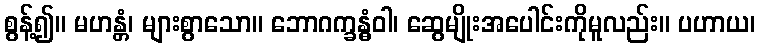
စွန့်၍။ မဟန္တံ၊ များစွာသော။ ဘောဂက္ခန္ဓံဝါ၊ ဆွေမျိုးအပေါင်းကိုမူလည်း။ ပဟာယ၊